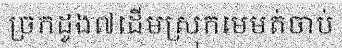
ច្រកដូង៧ដើមស្រុកមេមត់ចាប់